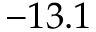
- 1 3 . 1